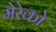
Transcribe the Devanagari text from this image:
मेरेको